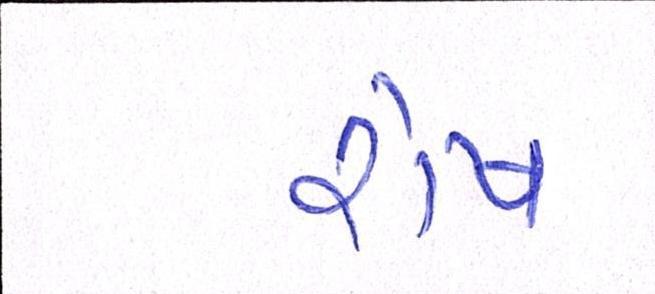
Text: રોષ